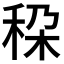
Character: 𮃄